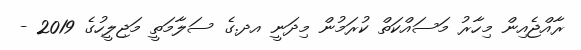
ރާއްޖެއިން މިހާރު މަސައްކަތް ކުރަމުން މިދަނީ އދ.ގެ ސަލާމަތީ މަޖިލީހުގެ 2019 -